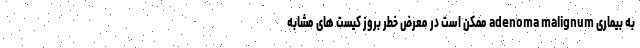
به بیماری adenoma malignum ممکن است در معرض خطر بروز کیست های مشابه